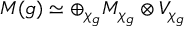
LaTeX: M ( g ) \simeq \oplus _ { \chi _ { g } } M _ { \chi _ { g } } \otimes V _ { \chi _ { g } }